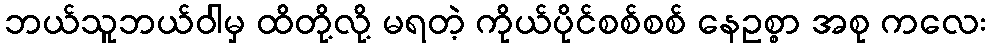
ဘယ်သူဘယ်ဝါမှ ထိတို့လို့ မရတဲ့ ကိုယ်ပိုင်စစ်စစ် နေဥစ္စာ အစု ကလေး